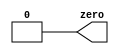
module top_module(
    output zero
);// Module body starts after semicolon
	assign zero = 1'o2;
endmodule